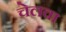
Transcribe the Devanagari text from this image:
चेलवा